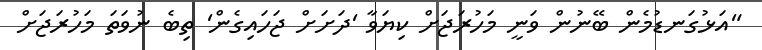
"އަޅުގަނޑުމެން ބޭނުން ވަނީ މަހުރަޖަށް ކިޔަވާ 'ދަށަށް ޖަހައިގެން' ތިބެ ނުވަތަ މަހުރަޖަށް